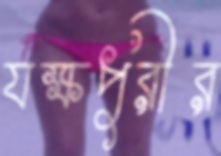
যক্ষপুরীর